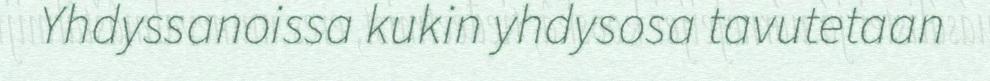
Yhdyssanoissa kukin yhdysosa tavutetaan